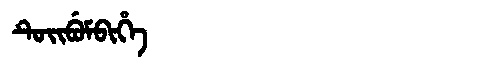
Manchu: ᡨᡠᡳᠪᡠᠮᠪᡳᡥᡝ
Romanization: TUIBUMBIHE